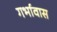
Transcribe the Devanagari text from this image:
गर्भावास